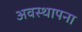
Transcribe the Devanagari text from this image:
अवस्‍थापना